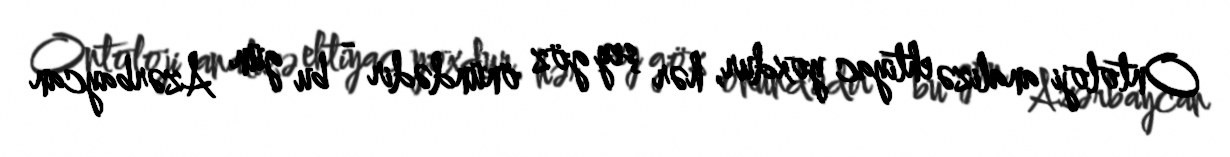
Ontoloji analizə ehtiyac yoxdur, hər şey göz önündədir - bu gün Azərbaycan